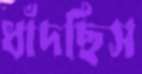
ধাঁদছিস